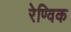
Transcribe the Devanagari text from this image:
रेण्विक